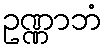
ဥဏ္ဏာဘံ